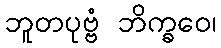
ဘူတပုဗ္ဗံ ဘိက္ခဝေ၊